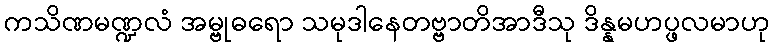
ကသိဏမဏ္ဍလံ အမ္ဗုဓရော သမုဒါနေတဗ္ဗာတိအာဒီသု ဒိန္နမဟပ္ဖလမာဟု